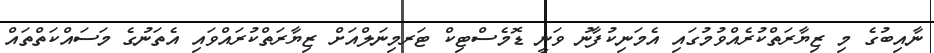
ނާއިބުގެ މި ޒިޔާރަތްކުރެއްވުމުގައި އެމަނިކުފާނު ވަނީ ޑޮމެސްޓިކް ޓަރމިނަލްއަށް ޒިޔާރަތްކުރައްވައި އެތަނުގެ މަސައްކަތްތައް